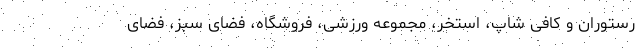
رستوران و کافی شاپ، استخر،‌ مجموعه ورزشی، فروشگاه، فضای سبز، فضای